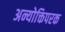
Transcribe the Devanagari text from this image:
अन्योक्तिपरक